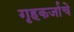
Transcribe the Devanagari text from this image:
गृहकर्जाचे